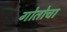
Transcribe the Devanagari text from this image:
गोतोचा